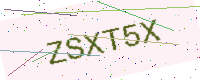
Text: ZSXT5X